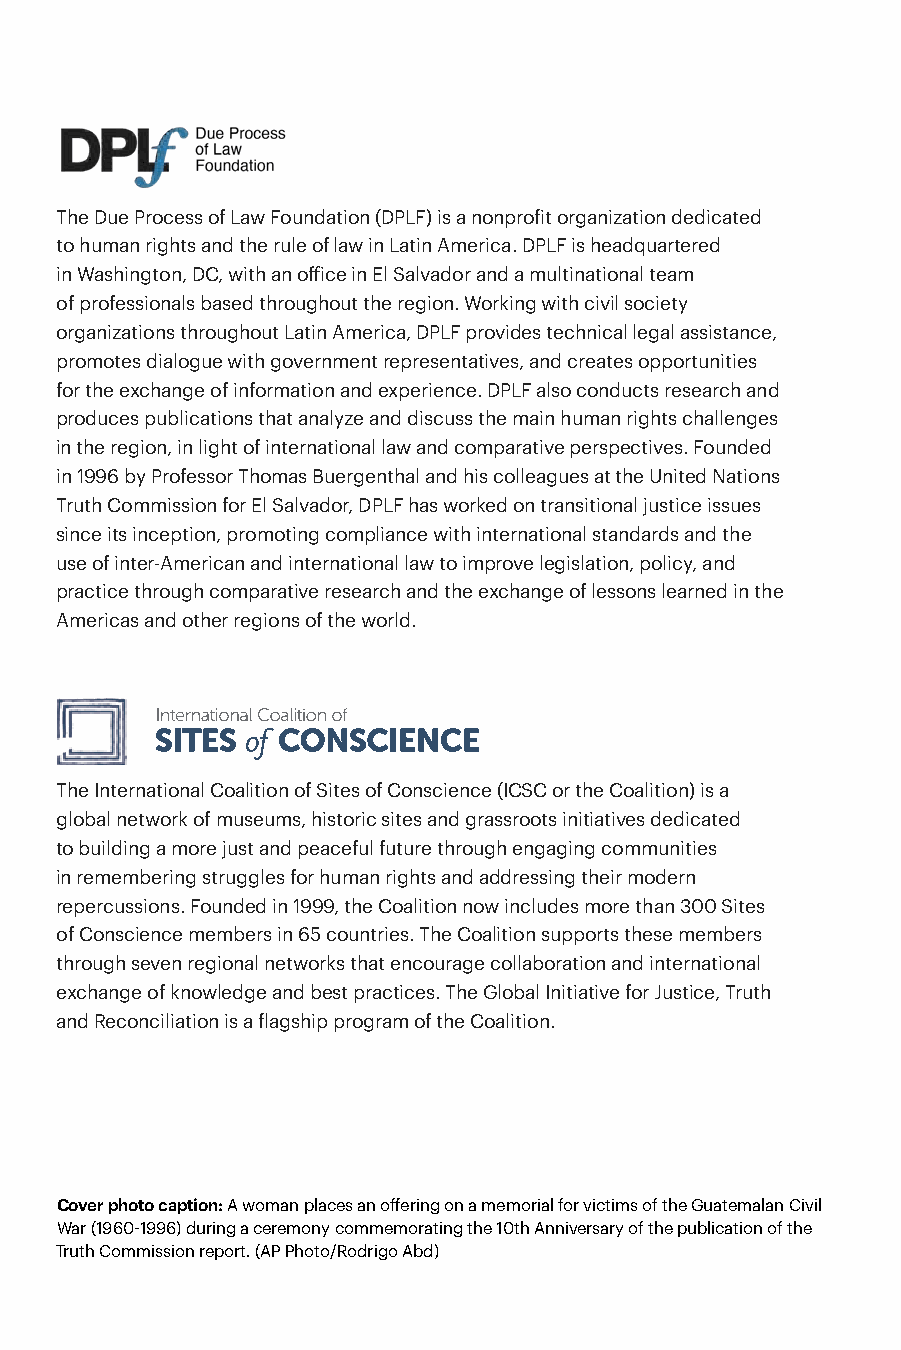
The Due Process of Law Foundation (DPLF) is a nonprofit organization dedicated
 to human rights and the rule of law in Latin America. DPLF is headquartered
 in Washington, DC, with an office in El Salvador and a multinational team
 of professionals based throughout the region. Working with civil society
 ABOUT             THIS
 organizations throughout Latin America, DPLF provides technical legal assistance,
 promotes dialogue with government representatives, and creates opportunities
 for the exchange of information and experience. DPLF also conducts research and
 REPORT
 produces publications that analyze and discuss the main human rights challenges
 in the region, in light of international law and comparative perspectives. Founded
 in 1996 by Professor Thomas Buergenthal and his colleagues at the United Nations
 Truth Commission for El Salvador, DPLF has worked on transitional justice issues
 The concept of transitional justice refers to a set of institutional mechanisms
 since its inception, promoting compliance with international standards and the
 that document human rights violations suffered in relatively recent periods of
 use of inter-American and international law to improve legislation, policy, and
 violence, with the dual objective of providing an effective remedy to victims
 practice through comparative research and the exchange of lessons learned in the
 and reducing the potential for new cycles of violence by reforming institutions
 Americas and other regions of the world.
 and social processes.
 This model understanding of transitional justice has proved to be insufficient
 to reflect the experience of Indigenous peoples. The various transitional
 justice mechanisms, due to their historical contexts and doctrinal roots, have
 The International Coalition of Sites of Conscience (ICSC or the Coalition) is a
 not properly recorded the experiences considered relevant by Indigenous
 global network of museums, historic sites and grassroots initiatives dedicated
 peoples. And because they have failed to incorporate the range of Indigenous
 to building a more just and peaceful future through engaging communities
 encounters with violence and oppression, they have not adequately linked the
 in remembering struggles for human rights and addressing their modern
 repercussions. Founded in 1999, the Coalition now includes more than 300 Sites violations of the past with the ongoing marginalization of the present.
 of Conscience members in 65 countries. The Coalition supports these members
 through seven regional networks that encourage collaboration and international
 However, transitional justice is dynamic and has been gradually incorporating
 exchange of knowledge and best practices. The Global Initiative for Justice, Truth
 more effective practices to reflect Indigenous experiences. At times, it has
 and Reconciliation is a flagship program of the Coalition.
 been transformed in response to interventions and adaptations by Indigenous
 communities and thanks to the growing international recognition of Indigenous
 peoples’ rights.
 The report Transitional Justice and Indigenous Peoples in Latin America – Lessons
 learned from case studies of Guatemala, Peru and Colombia shows both the
 Cover photo caption: A woman places an offering on a memorial for victims of the Guatemalan Civil
 War (1960-1996) during a ceremony commemorating the 10th Anniversary of the publication of the limitations and the possibilities for constructive interaction between the field of
 Truth Commission report. (AP Photo/Rodrigo Abd)
 About This Report | 1